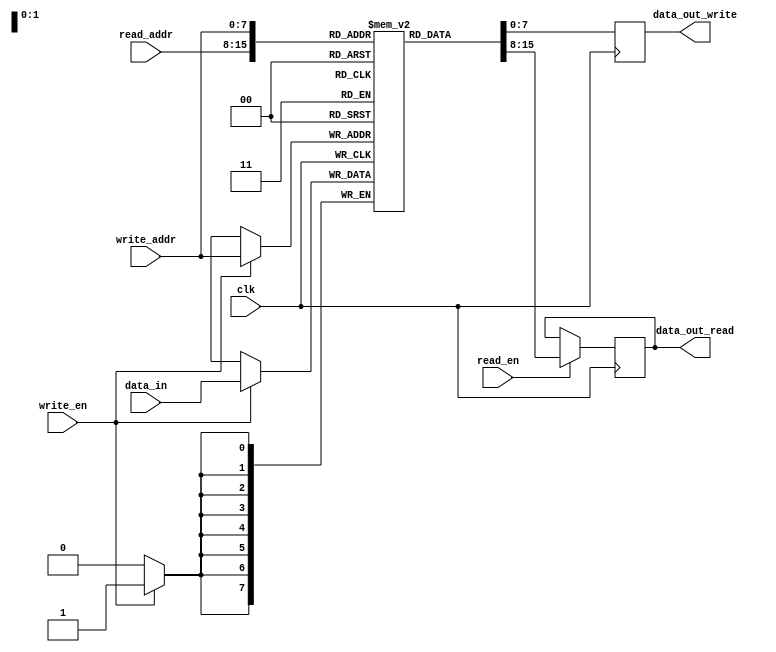
module dual_port_ram (
    input wire clk,
    input wire read_en,
    input wire write_en,
    input wire [7:0] read_addr,
    input wire [7:0] write_addr,
    input wire [7:0] data_in,
    output reg [7:0] data_out_read,
    output wire [7:0] data_out_write
);

reg [7:0] memory [0:255];

always @ (posedge clk) begin
    if (write_en) begin
        memory[write_addr] <= data_in;
    end
    if (read_en) begin
        data_out_read <= memory[read_addr];
    end
    data_out_write <= memory[write_addr];
end

endmodule